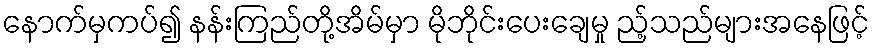
နောက်မှကပ်၍ နန်းကြည်တို့အိမ်မှာ မိုဘိုင်းပေးချေမှု ည့်သည်များအနေဖြင့်